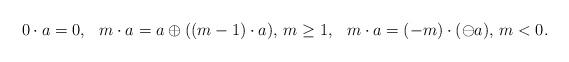
LaTeX: \begin{align*}0\cdot a = 0,\hskip0.3cm m\cdot a = a\oplus ((m-1)\cdot a),\, m \geq1,\hskip0.3cm m\cdot a = (-m)\cdot(\ominus a),\, m < 0.\end{align*}